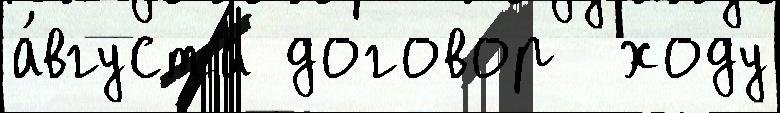
а́вгуста договор  ходу